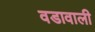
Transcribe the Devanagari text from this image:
वडावाली